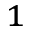
_ { 1 }